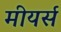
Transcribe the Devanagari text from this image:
मीयर्स